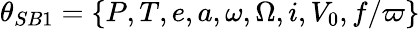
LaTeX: \theta_{SB1}=\{ P,T,e,a,\omega,\Omega,i,V_{0},f/\varpi\}